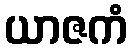
ယာဇကံ